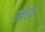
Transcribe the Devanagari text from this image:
उमरार